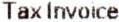
TAX INVOICE